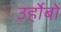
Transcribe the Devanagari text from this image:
उर्होबो